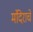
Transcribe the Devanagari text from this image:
मंदिराचे